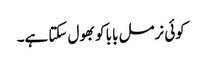
کوئی نرمل بابا کو بھول سکتا ہے۔